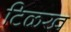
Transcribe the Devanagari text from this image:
टिळख